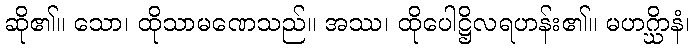
ဆို၏။ သော၊ ထိုသာမဏေသည်။ အဿ၊ ထိုပေါဋ္ဌိလရဟန်း၏။ မဟဂ္ဃိာနံ၊